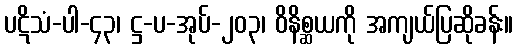
ပဋိသံ-ပါ-၄၃၊ ဋ္ဌ-ပ-အုပ်-၂၀၃၊ ဝိနိစ္ဆယကို အကျယ်ပြဆိုခန်း။